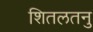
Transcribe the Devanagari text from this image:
शितलतनु